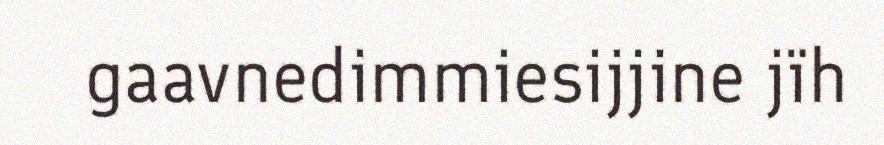
gaavnedimmiesijjine jïh